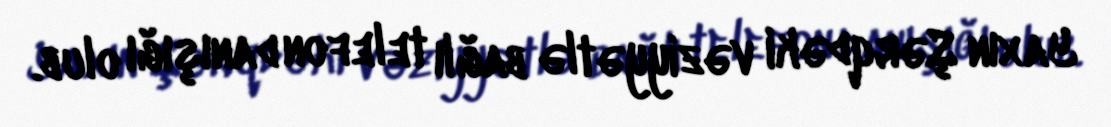
Yaxın Şərqdəki vəziyyətlə bağlı telefon danışığı olub.